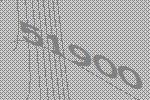
51900